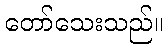
တော်သေးသည်။